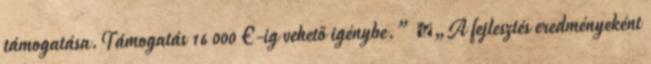
támogatása.Támogatás 16 000 €-ig vehető igénybe.” ▪„A fejlesztés eredményeként